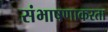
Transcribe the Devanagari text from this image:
संभाषणाकरता